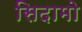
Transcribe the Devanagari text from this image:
सिदामो